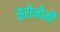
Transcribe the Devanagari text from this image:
सरोजीनी